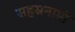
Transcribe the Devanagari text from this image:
सहस्रनामों